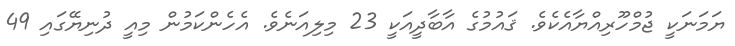
ޔަމަނަކީ ޖުމްހޫރިއްޔާއެކެވެ. ޤައުމުގެ އާބާދީއަކީ 23 މިލިއަނެވެ. އެހެންކަމުން މިއީ ދުނިޔޭގައި 49